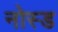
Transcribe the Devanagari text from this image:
नोस्ड